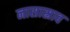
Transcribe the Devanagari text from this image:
नासास्राव